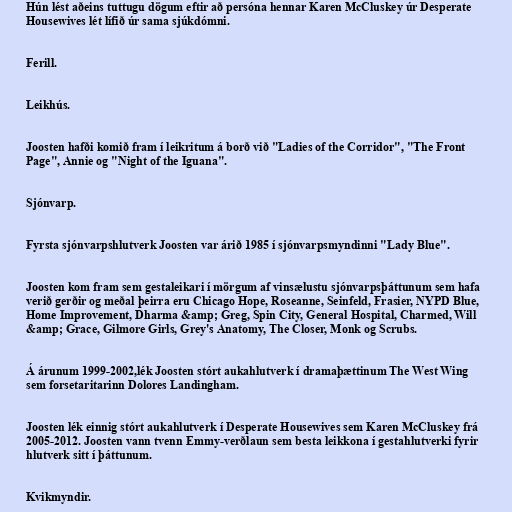
Hún lést aðeins tuttugu dögum eftir að persóna hennar Karen McCluskey úr Desperate
Housewives lét lífið úr sama sjúkdómni.

Ferill.

Leikhús.

Joosten hafði komið fram í leikritum á borð við "Ladies of the Corridor", "The Front
Page", Annie og "Night of the Iguana".

Sjónvarp.

Fyrsta sjónvarpshlutverk Joosten var árið 1985 í sjónvarpsmyndinni "Lady Blue".

Joosten kom fram sem gestaleikari í mörgum af vinsælustu sjónvarpsþáttunum sem hafa
verið gerðir og meðal þeirra eru Chicago Hope, Roseanne, Seinfeld, Frasier, NYPD Blue,
Home Improvement, Dharma &amp; Greg, Spin City, General Hospital, Charmed, Will
&amp; Grace, Gilmore Girls, Grey's Anatomy, The Closer, Monk og Scrubs.

Á árunum 1999-2002,lék Joosten stórt aukahlutverk í dramaþættinum The West Wing
sem forsetaritarinn Dolores Landingham.

Joosten lék einnig stórt aukahlutverk í Desperate Housewives sem Karen McCluskey frá
2005-2012. Joosten vann tvenn Emmy-verðlaun sem besta leikkona í gestahlutverki fyrir
hlutverk sitt í þáttunum.

Kvikmyndir.